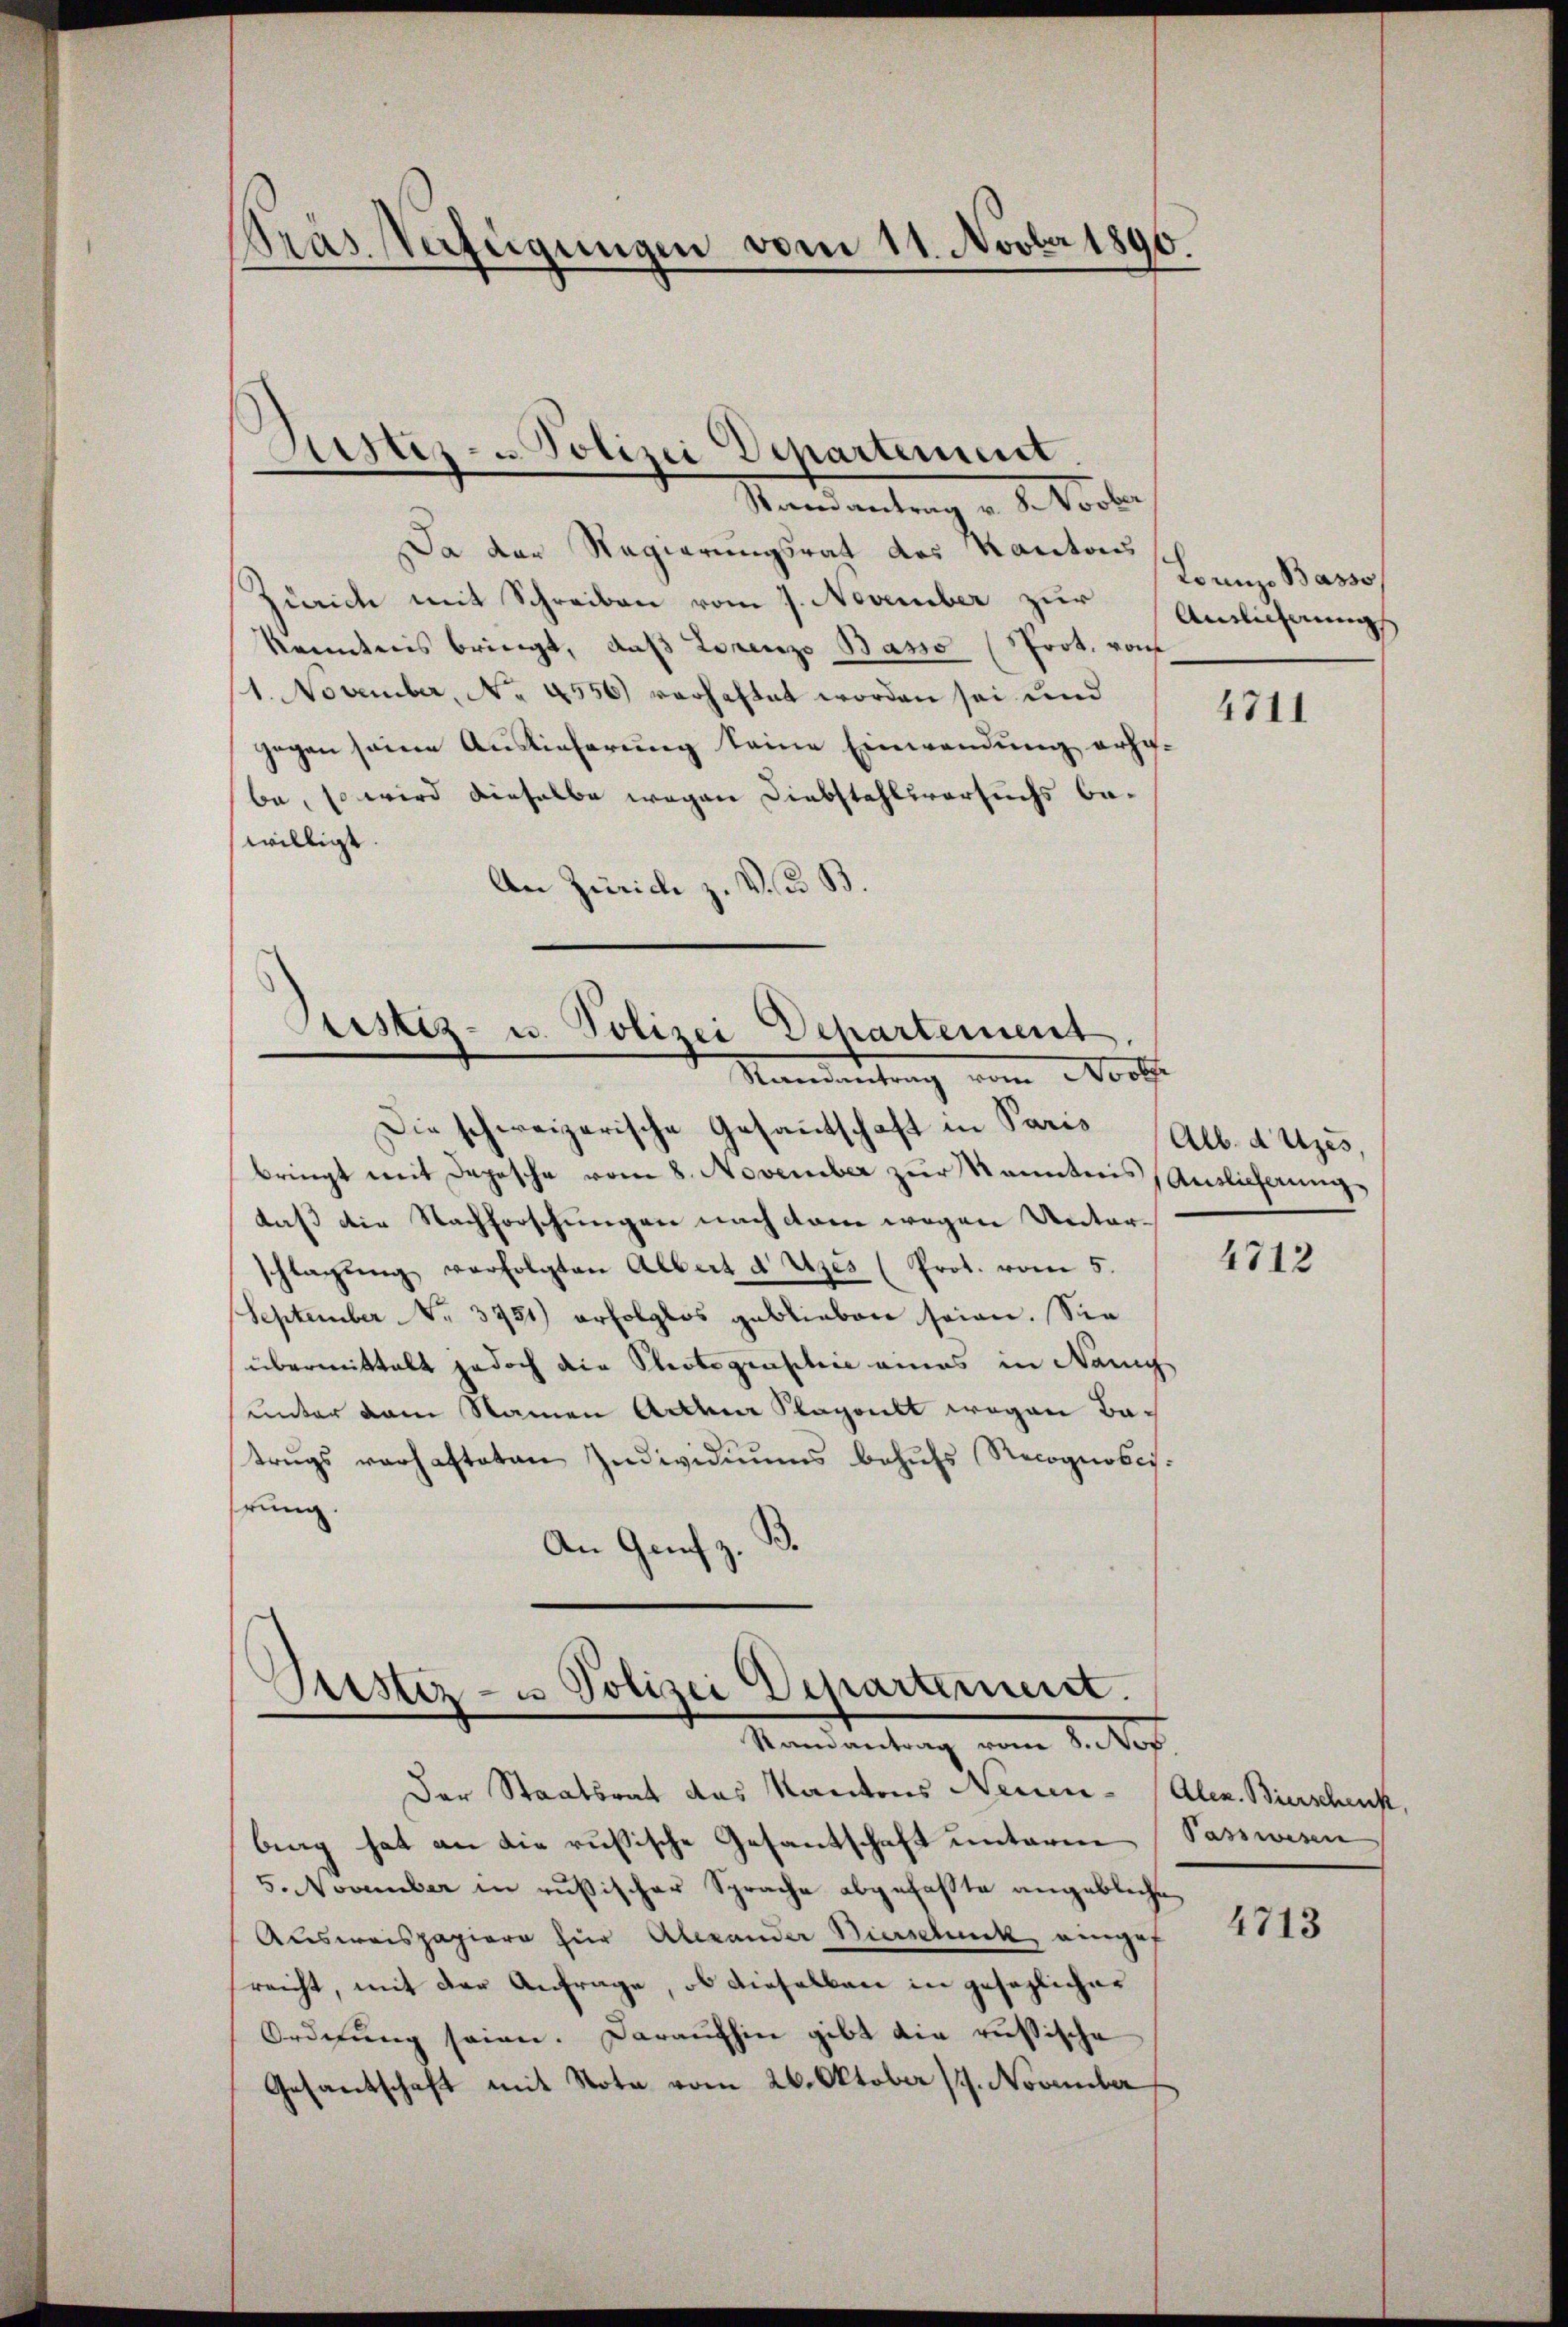
Gras Verfügungen vom 11. Novber 1890.

Justiz- u Polizei Departement.

Randantrag v. Novber
Da der Regierungsrat des Kantonss
Zürich mit Schreiben vom 7. November zur
kenntnis bringt, daβ Lorenze Basso (Prot. vom
1. November, No 4556) verhaftet worden sei und
gegen seine Auslieferung seine Einwendung erhobe, so wird dieselbe wegen Diebstahlsversuchs bewilligt.
An Zürich z. V. u. B.

.
Justiz- u. Polizei Dehartement,
Mandantrag vom Noth

Justiz- u Polizei Departement.
Randantrag vom 8. Nov.

Die schweizerische Gesantschaft in Paris
bringt mit Depesche vom 8. November zur Kenntnis (Auslieferungs
daß die Nachforschungen nach dem wegen Unterschlagŭng verfolgten Albert d Uzes (Prot. vom 5.
September Nr. 3751) erfolglos geblieben seien. Sie
übermittalt jedoch die Photographie eines in Nanig
unter dem Namen Acten Klagenet wegen Batrugs verhafteten Individuums behufs Recognobisrung.
.
An Genf z.

Der Staatsrat des Kantons Neuen- Alex. Bierschenk,
bing hat an die rusische Gesandschaft unterm
5. November in russischer Sprache abgefaßte angebliche
Ausweispapiere für Alexander Bierschnik eingef
reicht, mit der Anfrage, ob dieselben in gesezlicher
Ordnŭng seien. Daraufhin gibt die russische
Gesantschaft mit Note vom 26. Oktober 17. November

Lounzo Basso,
Ainlicherung

4711

Alb. dutzes,

4712

Passwesen

4713